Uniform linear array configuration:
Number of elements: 4
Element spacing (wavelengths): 0.75
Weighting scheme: hann
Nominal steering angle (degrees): -60
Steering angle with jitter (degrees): -60.488
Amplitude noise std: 0.05
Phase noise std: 0.05

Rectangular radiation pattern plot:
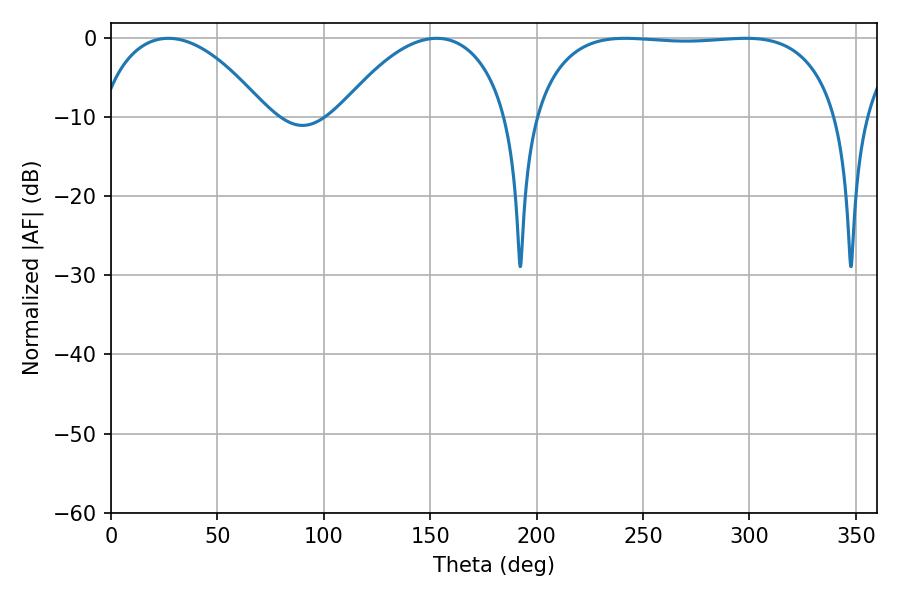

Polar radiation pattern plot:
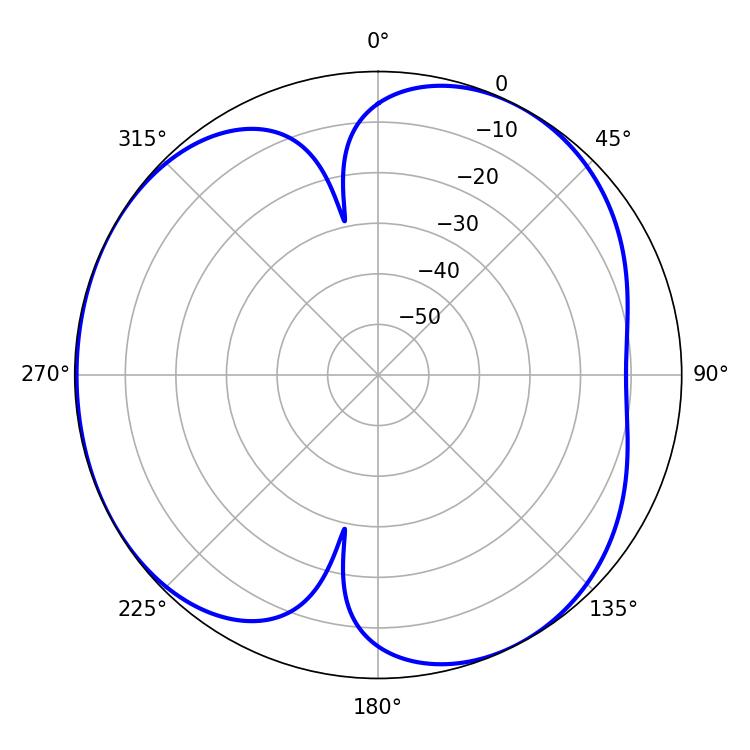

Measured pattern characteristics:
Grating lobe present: TRUE
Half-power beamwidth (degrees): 44.82
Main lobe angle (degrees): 27